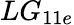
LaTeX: LG_{11e}